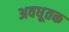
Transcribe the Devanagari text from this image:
अवधूतक